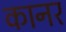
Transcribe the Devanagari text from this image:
कानर